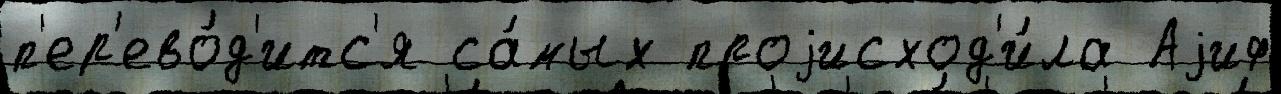
п'ер'ево́д'итс'я са́мых проjисход'и́ла Аjиф